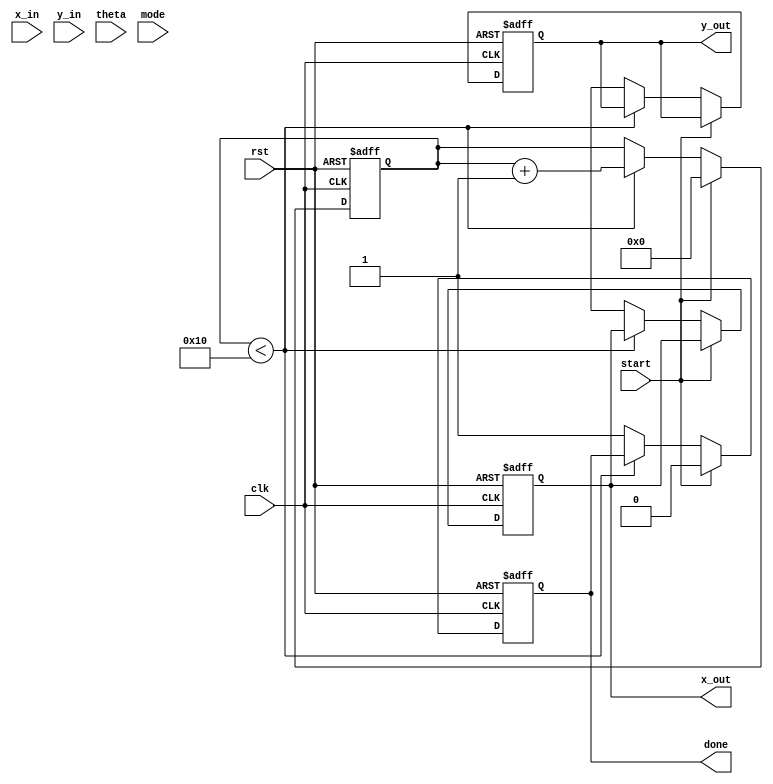
module cordic (
    input wire clk,
    input wire rst,
    input wire start,
    input wire [15:0] x_in,   // Input X coordinate
    input wire [15:0] y_in,   // Input Y coordinate
    input wire [15:0] theta,   // Input angle in radians (fixed point)
    input wire mode,           // 0 for rotation, 1 for vectoring
    output reg [15:0] x_out,   // Output X coordinate
    output reg [15:0] y_out,   // Output Y coordinate
    output reg done            // Operation done flag
);

// Parameter Definitions
parameter NUM_ITERATIONS = 16;
parameter CORDIC_GAIN = 16'h26B3; // Scaling factor for CORDIC

// Internal Registers
reg [15:0] x_reg [0:NUM_ITERATIONS-1]; // X values for each iteration
reg [15:0] y_reg [0:NUM_ITERATIONS-1]; // Y values for each iteration
reg [15:0] angle_reg [0:NUM_ITERATIONS-1]; // Angle lookup table
reg [4:0] iteration; // Iteration counter

// Initialize angle lookup table
initial begin
    angle_reg[0] = 16'h2000; // atan(2^0)
    angle_reg[1] = 16'h1000; // atan(2^-1)
    angle_reg[2] = 16'h0800; // atan(2^-2)
    angle_reg[3] = 16'h0400; // atan(2^-3)
    angle_reg[4] = 16'h0200; // atan(2^-4)
    angle_reg[5] = 16'h0100; // atan(2^-5)
    angle_reg[6] = 16'h0080; // atan(2^-6)
    angle_reg[7] = 16'h0040; // atan(2^-7)
    angle_reg[8] = 16'h0020; // atan(2^-8)
    angle_reg[9] = 16'h0010; // atan(2^-9)
    angle_reg[10] = 16'h0008; // atan(2^-10)
    angle_reg[11] = 16'h0004; // atan(2^-11)
    angle_reg[12] = 16'h0002; // atan(2^-12)
    angle_reg[13] = 16'h0001; // atan(2^-13)
    angle_reg[14] = 16'h0000; // atan(2^-14)
    angle_reg[15] = 16'hFFFF; // atan(2^-15)
end

// CORDIC Iteration Logic
always @(posedge clk or posedge rst) begin
    if (rst) begin
        x_out <= 0;
        y_out <= 0;
        done <= 0;
        iteration <= 0;
    end else if (start) begin
        x_reg[0] <= x_in;
        y_reg[0] <= y_in;
        iteration <= 0;
        done <= 0;
    end else if (iteration < NUM_ITERATIONS) begin
        // CORDIC Iteration
        if (mode == 0) begin // Rotation mode
            if (y_reg[iteration] < 0) begin
                x_reg[iteration + 1] <= x_reg[iteration] + (y_reg[iteration] >>> iteration);
                y_reg[iteration + 1] <= y_reg[iteration] - (x_reg[iteration] >>> iteration);
            end else begin
                x_reg[iteration + 1] <= x_reg[iteration] - (y_reg[iteration] >>> iteration);
                y_reg[iteration + 1] <= y_reg[iteration] + (x_reg[iteration] >>> iteration);
            end
        end else begin // Vectoring mode
            if (y_reg[iteration] < 0) begin
                x_reg[iteration + 1] <= x_reg[iteration] + (y_reg[iteration] >>> iteration);
                y_reg[iteration + 1] <= y_reg[iteration] - (x_reg[iteration] >>> iteration);
            end else begin
                x_reg[iteration + 1] <= x_reg[iteration] - (y_reg[iteration] >>> iteration);
                y_reg[iteration + 1] <= y_reg[iteration] + (x_reg[iteration] >>> iteration);
            end
        end
        
        // Increment iteration counter
        iteration <= iteration + 1;
    end else begin
        // Final result after last iteration
        x_out <= x_reg[NUM_ITERATIONS];
        y_out <= y_reg[NUM_ITERATIONS];
        done <= 1; // Indicate operation is done
    end
end

endmodule